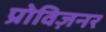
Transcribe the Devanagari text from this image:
प्रोविज़नर